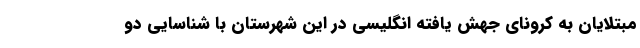
مبتلایان به کرونای جهش یافته انگلیسی در این شهرستان با شناسایی دو